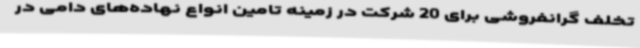
تخلف گرانفروشی برای 20 شرکت در زمینه تامین انواع نهاده‌های دامی در